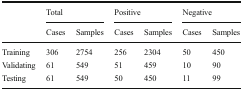
| <ROWSPAN=2>  | <COLSPAN=2> Total | <COLSPAN=2> Positive | <COLSPAN=2> Negative |
 | Cases | Samples | Cases | Samples | Cases | Samples |
 | --- | --- | --- | --- | --- | --- | --- |
 | Training | 306 | 2754 | 256 | 2304 | 50 | 450 |
 | Validating | 61 | 549 | 51 | 459 | 10 | 90 |
 | Testing | 61 | 549 | 50 | 450 | 11 | 99 |